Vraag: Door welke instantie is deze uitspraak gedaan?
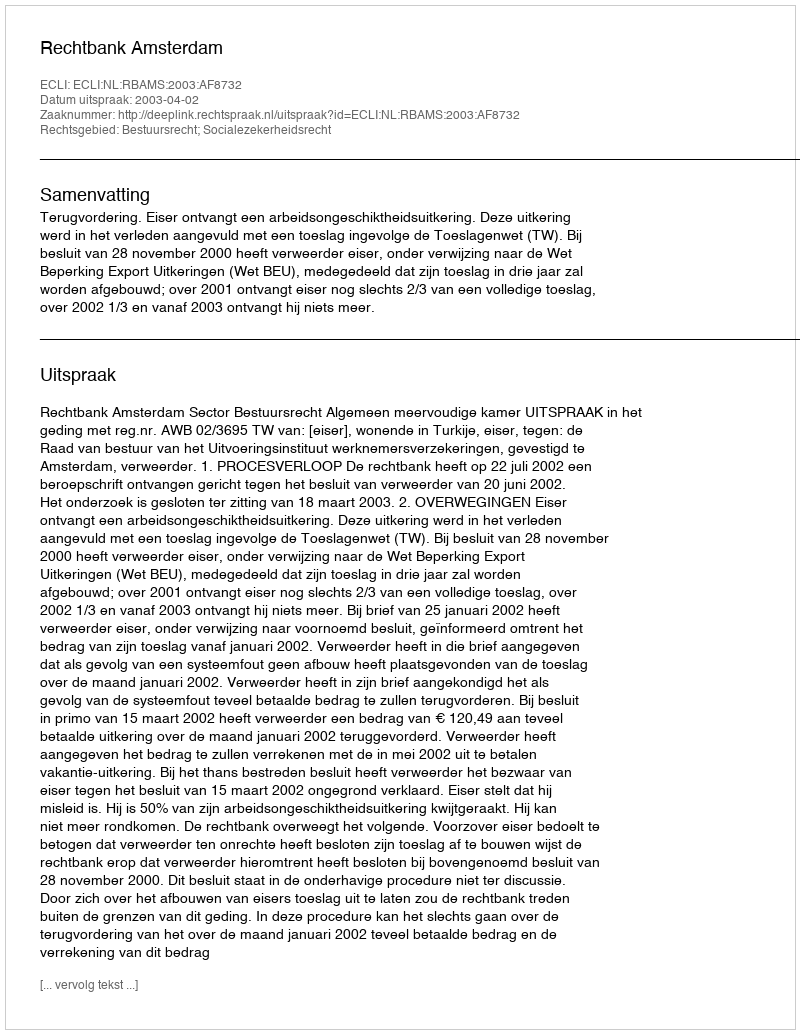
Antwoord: Rechtbank Amsterdam